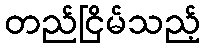
တည်ငြိမ်သည့်